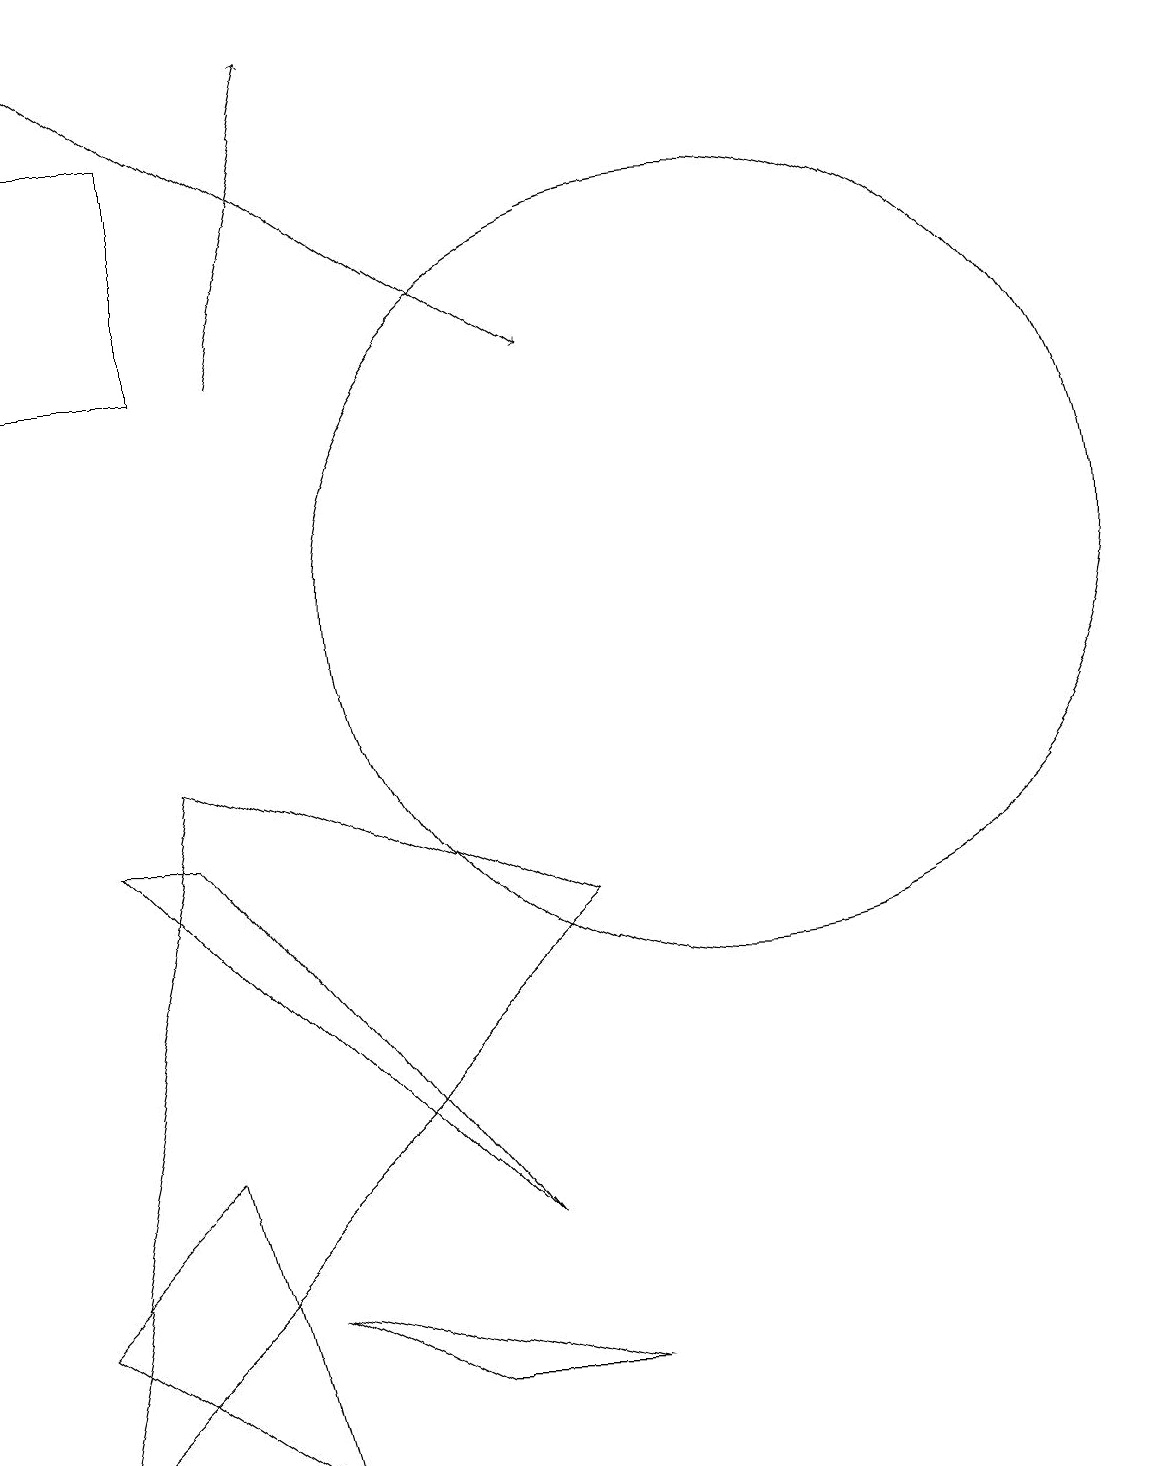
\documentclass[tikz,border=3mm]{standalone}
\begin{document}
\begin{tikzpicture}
\draw (5,2) -- (7,1) -- (9,1) -- cycle;
\draw (9,7) -- (2,0) -- (4,9) -- cycle;
\draw (11,11) circle (5);
\draw (2,2) -- (5,0) -- (4,4) -- cycle;
\draw (4,14) rectangle (2,17);
\draw (8,3) -- (4,8) -- (3,8) -- cycle;
\draw[->] (3,18) -- (9,14);
\draw[->] (5,14) -- (6,18);
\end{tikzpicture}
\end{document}